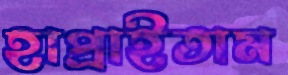
হাপ্‌রাইতাম